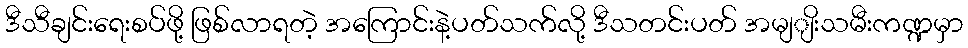
ဒီသီချင်းရေးစပ်ဖို့ ဖြစ်လာရတဲ့ အကြောင်းနဲ့ပတ်သက်လို့ ဒီသတင်းပတ် အမျျိးသမီးကဏ္ဍမှာ